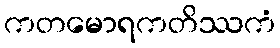
ကတမောရကတိဿကံ